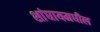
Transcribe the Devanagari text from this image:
शांघायमधील